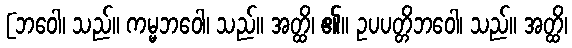
[ဘဝေါ၊ သည်။ ကမ္မဘဝေါ၊ သည်။ အတ္ထိ၊ ၏။ ဥပပတ္တိဘဝေါ၊ သည်။ အတ္ထိ၊